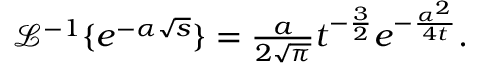
\begin{array} { r } { \mathcal { L } ^ { - 1 } \{ e ^ { - \alpha \sqrt { s } } \} = \frac { a } { 2 \sqrt { \pi } } t ^ { - \frac { 3 } { 2 } } e ^ { - \frac { \alpha ^ { 2 } } { 4 t } } . } \end{array}